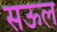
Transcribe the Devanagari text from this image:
सऊल